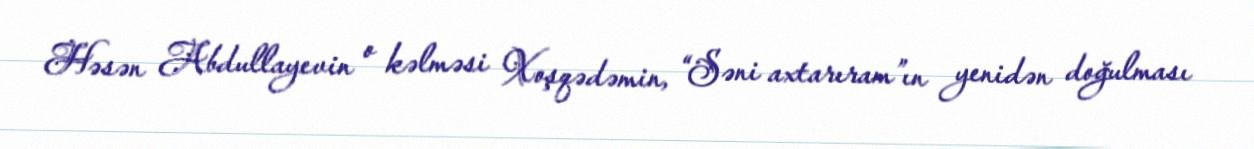
Həsən Abdullayevin o kəlməsi Xoşqədəmin, “Səni axtarıram”ın yenidən doğulması